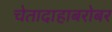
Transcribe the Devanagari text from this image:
चेतादाहाबरोबर